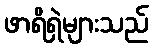
ဖာရိရှဲများသည်